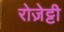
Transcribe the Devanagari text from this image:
रोज़ेट्टी